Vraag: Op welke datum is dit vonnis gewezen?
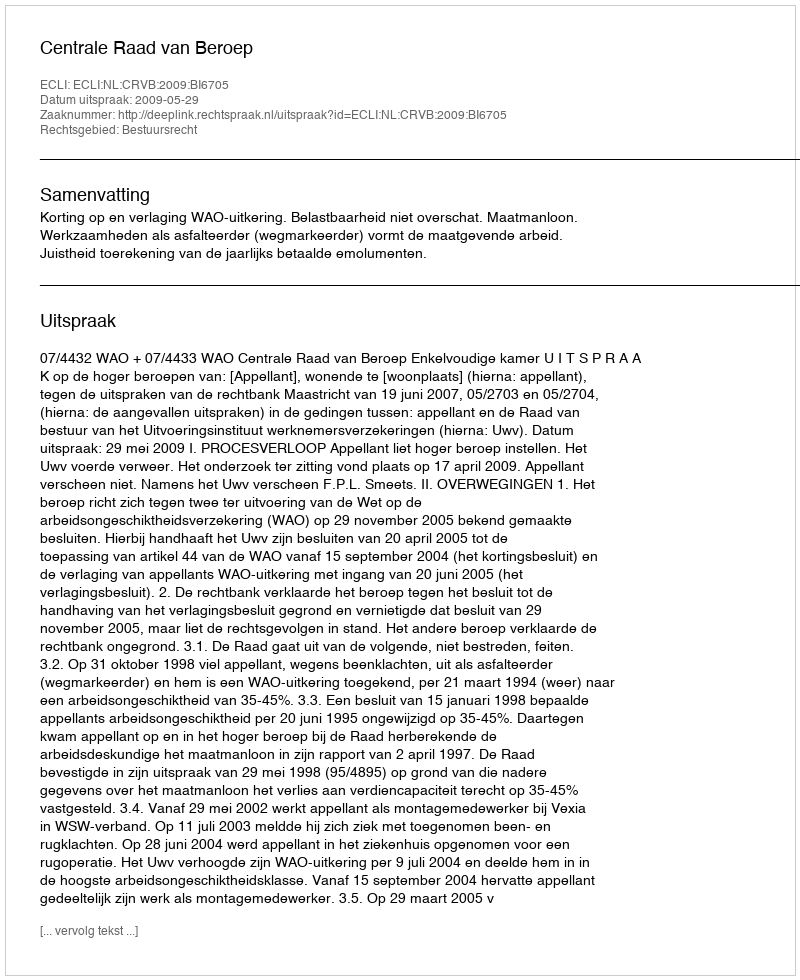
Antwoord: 2009-05-29